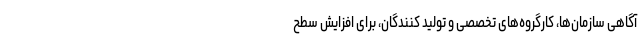
آگاهی سازمان‌ها، کارگروه‌های تخصصی و تولید کنندگان، برای افزایش سطح